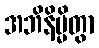
အဘိနိမ္မိတွာ